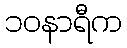
၁၀နာရီက